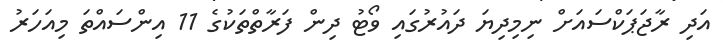
އަދި ރާޖަޕަކްސައަށް ނިމިދިޔަ ދައުރުގައި ވޯޓު ދިން ފަރާތްތަކުގެ 11 އިންސައްތަ މިއަހަރު